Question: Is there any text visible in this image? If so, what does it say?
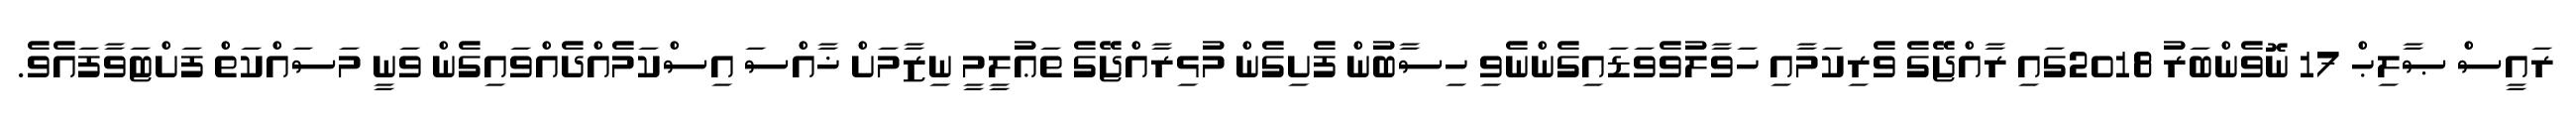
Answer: ރައީސް ޞާލިޙް 17 ނޮވެންބަރު 2018ގައި ރާއްޖޭގެ ވެރިކަމާއި ހަވާލުވެވަޑައިގެންނެވި ހިސާބުން ފެށިގެން މުޅިރާއްޖޭގެ ތަޢުލީމީ ނިޒާމަށް ޚާއްސަ އިސްކަމެއްދެއްވައިގެން ވަނީ މަސައްކަތް ފަށްޓަވާފައެވެ.